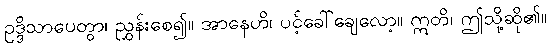
ဥဒ္ဒိသာပေတွာ၊ ညွှန်းစေ၍။ အာနေဟိ၊ ပင့်ခေါ်ချေလော့။ ဣတိ၊ ဤသို့ဆို၏။